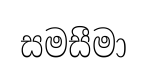
සමසීමා